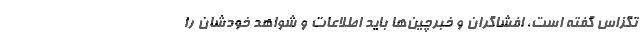
تگزاس گفته است، افشاگران و خبرچین‌ها باید اطلاعات و شواهد خودشان را